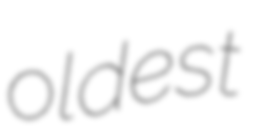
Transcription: oldest